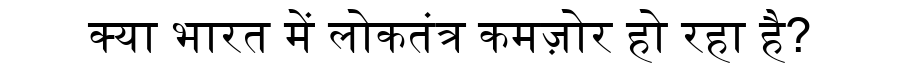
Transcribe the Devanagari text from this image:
क्या भारत में लोकतंत्र कमज़ोर हो रहा है?